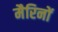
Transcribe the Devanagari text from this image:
मैरिनों